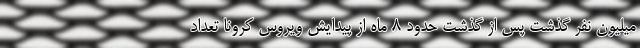
میلیون نفر گذشت پس از گذشت حدود 8 ماه از پیدایش ویروس کرونا تعداد